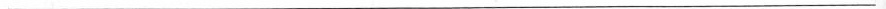
___